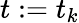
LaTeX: t:=t_{k}